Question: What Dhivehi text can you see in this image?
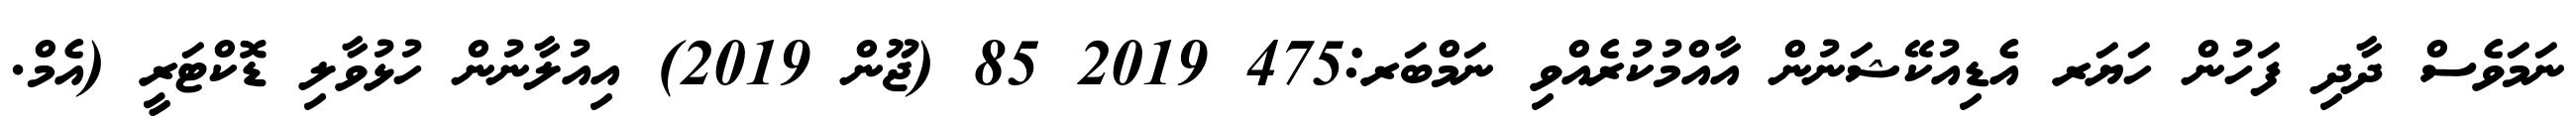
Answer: ނަމަވެސް ދާދި ފަހުން ހަޔަރ އެޑިއުކޭޝަނުން އާއްމުކުރެއްވި ނަމްބަރ:475 2019 85 (ޖޫން 2019) އިއުލާނުން ހުޅުވާލި ޑޮކްޓަރީ (އެމް.